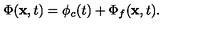
\Phi ( { \bf x } , t ) = \phi _ { c } ( t ) + \Phi _ { f } ( { \bf x } , t ) .